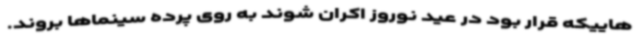
هاییکه قرار بود در عید نوروز اکران شوند به روی پرده سینماها بروند.